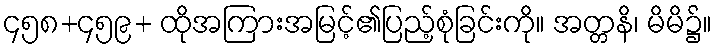
၄၅၈+၄၅၉+ ထိုအကြားအမြင့်၏ပြည့်စုံခြင်းကို။ အတ္တနိ၊ မိမိ၌။